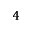
^ { 4 }